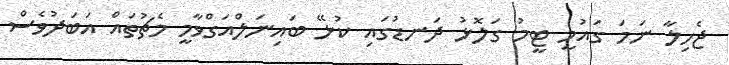
ޖެހިލާ ނަމަ ގައުމީ ޓީމު ގަލޮޅު ދަނޑުގައި ކުޅޭ ބައިނަލްއަގްވާމީ މެޗުތައް އަބަދުވެސް